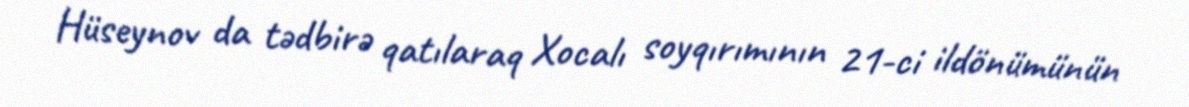
Hüseynov da tədbirə qatılaraq Xocalı soyqırımının 21-ci ildönümünün